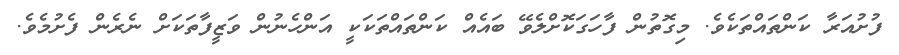
ފުށުއަރާ ކަންތައްތަކެވެ. މިގޮތުން ފާހަގަކޮށްލެވޭ ބައެއް ކަންތައްތަކަކީ އަންހެނުން ވަޒީފާތަކަށް ނެރެން ފެށުމެވެ.